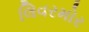
લિવરમોર